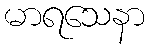
မာရသေနာ